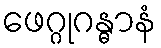
ဖေဂ္ဂုဂန္ဓာနံ